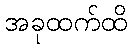
အခုထက်ထိ